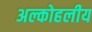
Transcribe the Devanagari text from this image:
अल्कोहलीय